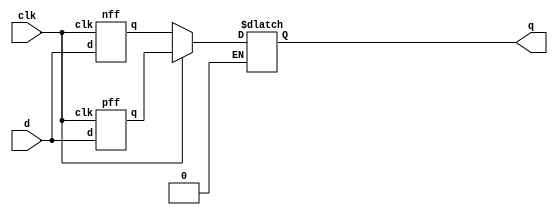
/*You're familiar with flip-flops that are triggered on the positive edge of the clock, or negative edge of the clock. A dual-edge triggered flip-flop is triggered on both edges of the clock. However, FPGAs don't have dual-edge triggered flip-flops, and always @(posedge clk or negedge clk) is not accepted as a legal sensitivity list.

Build a circuit that functionally behaves like a dual-edge triggered flip-flop:
*/
module top_module (
    input clk,
    input d,
    output reg q
);
    wire w1,w2;
    pff one(clk,d,w1);
    nff two(clk,d,w2);
    always@(clk)
        begin
            if(clk==1)
            q<=w1;
            else if(clk==0)
            q<=w2;
        end
    
endmodule


module pff(input clk,d,output reg q);
    always@(posedge clk)
        begin
            q<=d;
        end
endmodule

module nff(input clk,d,output reg q);
    always@(negedge clk)
        begin
       
                q<=d;
        end
endmodule